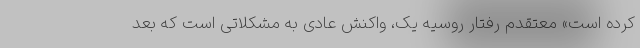
کرده است» معتقدم رفتار روسیه یک، واکنش عادی به مشکلاتی است که بعد